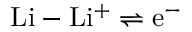
\mathrm { L i } - \mathrm { L i ^ { + } } \rightleftharpoons \mathrm { e ^ { - } }